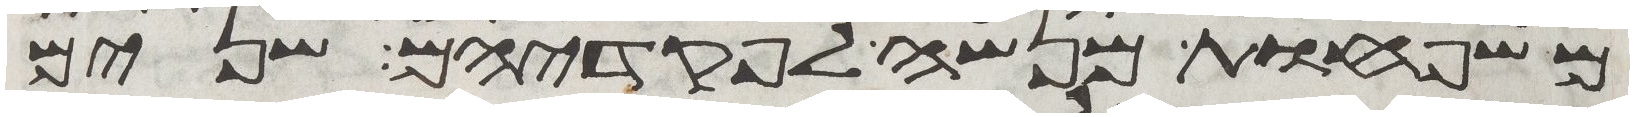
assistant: משפחות מנשה לפקדיהם שנים